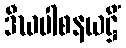
ဒီဃပါစနယဋ္ဌိံ